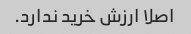
اصلا ارزش خرید ندارد.